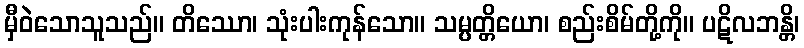
မှီဝဲသောသူသည်။ တိဿော၊ သုံးပါးကုန်သော။ သမ္ပတ္တိယော၊ စည်းစိမ်တို့ကို။ ပဋိလဘန္တိ၊